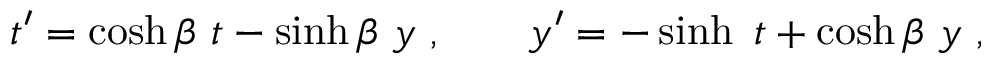
t ^ { \prime } = \cosh \beta \ t - \sinh \beta \ y \ , \ \ \ \ \ \ y ^ { \prime } = - \sinh \b \ t + \cosh \beta \ y \ ,